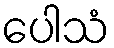
ပေါသံ